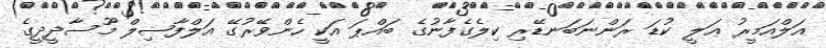
އަލްއަމީރު ޢަލީ ކުޑަ ރަންނަބަނޑޭރި ކިލެގެފާނުގެ ބައްޕަ އަކީ ހެންވޭރުގޭ އަލްފާޟިލް މޫސާދީދީގެ